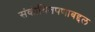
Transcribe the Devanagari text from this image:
संकोचितपणाबद्दल